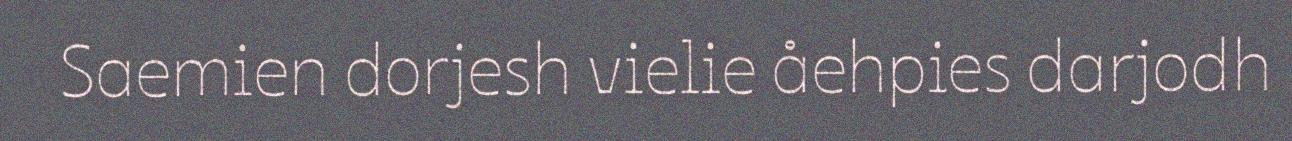
Saemien dorjesh vielie åehpies darjodh